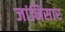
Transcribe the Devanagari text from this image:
जांनिसार